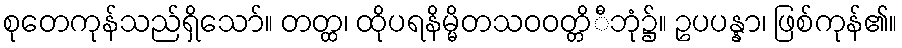
စုတေကုန်သည်ရှိသော်။ တတ္ထ၊ ထိုပရနိမ္မိတသဝဝတ္တိီဘုံ၌။ ဥပပန္နာ၊ ဖြစ်ကုန်၏။